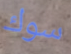
سوك